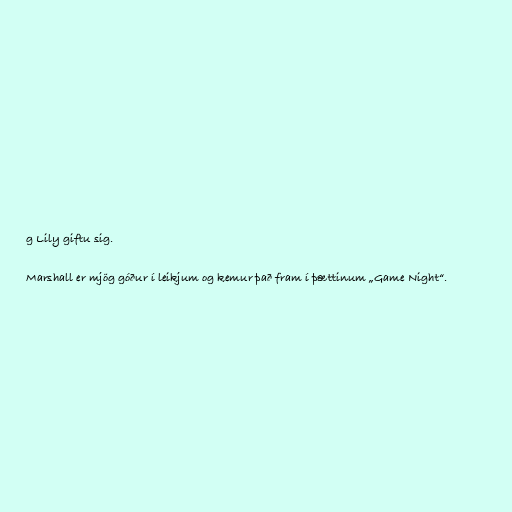
g Lily giftu sig.

Marshall er mjög góður í leikjum og kemur það fram í þættinum „Game Night“.